Report on vaccination in Madras 1895-1903 - 1895-1903
Year: 1895
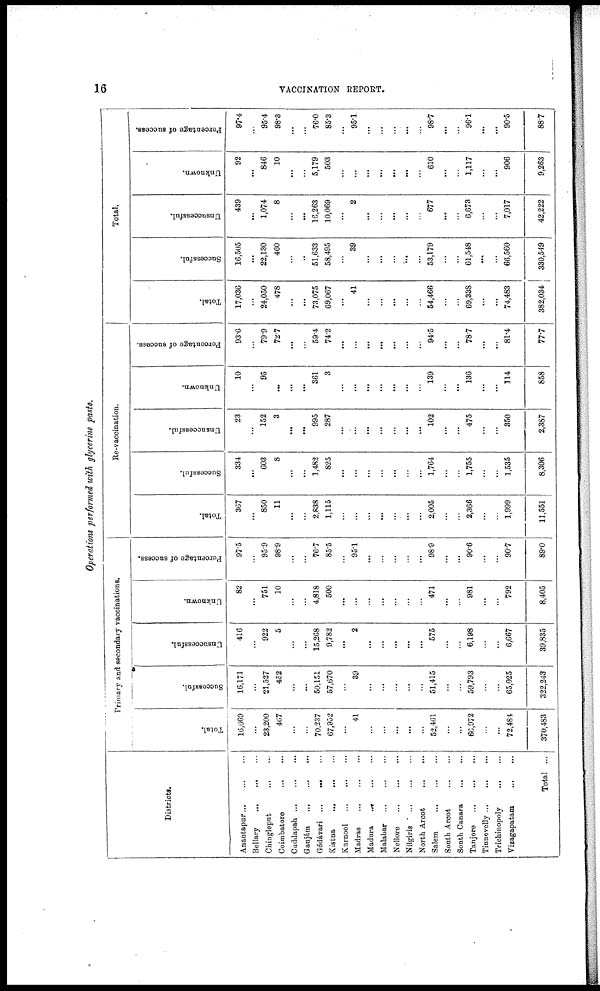
16
VACCINATION REPORT.
Operations performed with glycerine paste.
Districts.
Anantapur ... ... ...
Bellary
...
...
...
Chingleput
...
...
Coimbatore
...
...
Cuddapah
...
...
...
Ganjám
...
...
...
Gódávari ... ... ...
Kistna
...
...
...
Kurnool
...
...
...
Madras
...
...
...
Madura
...
...
...
Malabar
...
...
...
Nellore
...
...
...
Nilgiris
...
...
...
North Arcot
...
...
Salem
...
...
...
South Arcot
...
...
South Canara
...
...
Tanjore
...
...
...
Tinnevelly ... ... ...
Trichinopoly
...
...
Vizagapatam
...
...
Total ...
Primary and secondary vaccinations.
Total.
16,669
...
23,200
467
...
...
70,237
67,952
...
41
...
...
...
...
...
52,461
...
...
66,972
...
...
72,484
370,483
Successful.
16,171
...
21,527
452
...
...
50,151
57,670
...
39
...
...
...
...
...
51,415
...
...
59,793
...
...
65,025
322,243
Unsuccessful.
416
...
922
5
...
...
15,268
9,782
...
2
...
...
...
...
...
575
...
...
6,198
...
...
6,667
39,835
Unknown.
82
...
751
10
...
...
4,818
500
...
...
...
...
...
...
...
471
...
...
981
...
...
792
8,405
Percentage of success.
97.5
...
95.9
98.9
...
...
76.7
85.5
...
95.1
...
...
...
...
...
98.9
...
...
90.6
...
...
90.7
89.0
Re-vaccination.
Total.
367
...
850
11
...
...
2,838
1,115
...
...
...
...
...
...
...
2,005
...
...
2,366
...
...
1,999
11,551
Successful.
334
...
603
8
...
...
1,482
825
...
...
...
...
...
...
...
1,764
...
...
1,755
...
...
1,535
8,306
Unsuccessful.
23
...
152
3
...
...
995
287
...
...
...
...
...
...
...
102
...
...
475
...
...
350
2,387
Unknown.
10
...
95
...
...
...
361
3
...
...
...
...
...
...
...
139
...
...
136
...
...
114
858
Percentage of success.
93.6
...
79.9
72.7
...
...
59.4
74.2
...
...
...
...
...
...
...
94.5
...
...
78.7
...
...
81.4
77.7
Total.
Total.
17,036
...
24,050
478
...
...
73,075
69,067
...
41
...
...
...
...
...
54,466
...
...
69,338
...
...
74,483
382,034
Successful.
16,505
...
22,130
460
...
...
51,633
58,495
...
39
...
...
...
...
...
53,179
...
...
61,548
...
...
66,560
330,549
Unsuccessful.
439
...
1,074
8
...
...
16,263
10,069
...
2
...
...
...
...
...
677
...
...
6,673
...
...
7,017
42,222
Unknown.
92
...
846
10
...
...
5,179
503
...
...
...
...
...
...
...
610
...
...
1,117
...
...
906
9,263
Percentage of success.
97.4
...
95.4
98.3
...
...
76.0
85.3
...
95.1
...
...
...
...
...
98.7
...
...
96.1
...
...
90.5
88.7